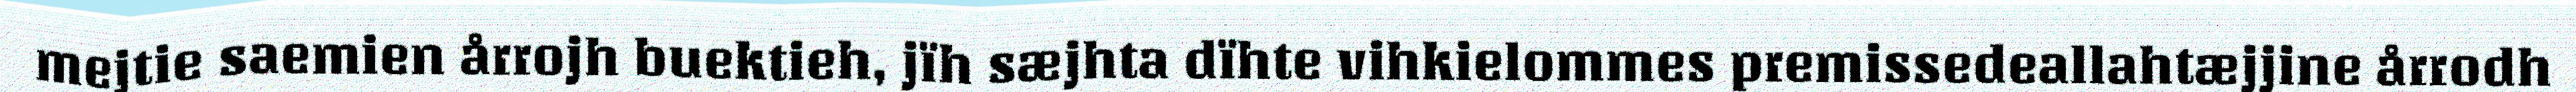
mejtie saemien årrojh buektieh, jïh sæjhta dïhte vihkielommes premissedeallahtæjjine årrodh